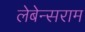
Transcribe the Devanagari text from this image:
लेबेन्सराम